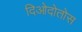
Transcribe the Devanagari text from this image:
दिओदोतोस